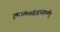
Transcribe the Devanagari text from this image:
कालखंडातही